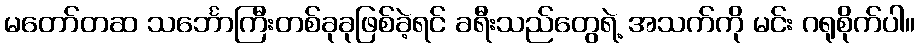
မတော်တဆ သင်္ဘောကြီးတစ်ခုခုဖြစ်ခဲ့ရင် ခရီးသည်တွေရဲ့ အသက်ကို မင်း ဂရုစိုက်ပါ။